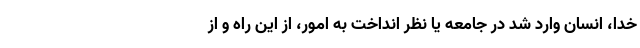
خدا، انسان وارد شد در جامعه یا نظر انداخت به امور، از این راه و از